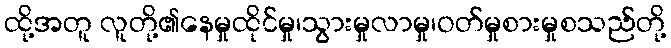
ထို့အတူ လူတို့၏နေမှုထိုင်မှု၊သွားမှုလာမှု၊ဝတ်မှုစားမှုစသည်တို့